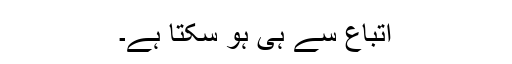
اتباع سے ہی ہو سکتا ہے۔